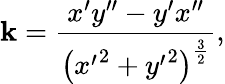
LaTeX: \mathbf{k}={\frac{{x^{\prime}y^{\prime\prime}-y^{\prime}x^{\prime\prime}}}{{\left({x^{\prime}}^{2}+{y^{\prime}}^{2}\right)^{\frac{{3}}{{2}}}}}},